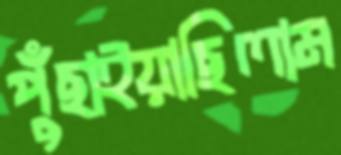
পুঁছাইয়াছিলাম